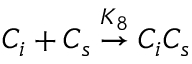
C _ { i } + C _ { s } \stackrel { K _ { 8 } } { \rightarrow } C _ { i } C _ { s }